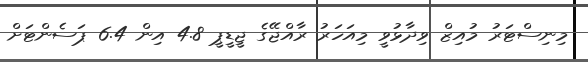
މިނިސްޓަރު މުއިޒް ވިދާޅުވީ މިއަހަރު ރާއްޖޭގެ ޖީޑީޕީ 4.8 އިން 6.4 ޕަސެންޓަށް